Alphabetical list of drugs, medicines and other preparations free from, and containing, spirit compiled from the results of tests made by the customs houses at Calcutta, Bombay, and Madras
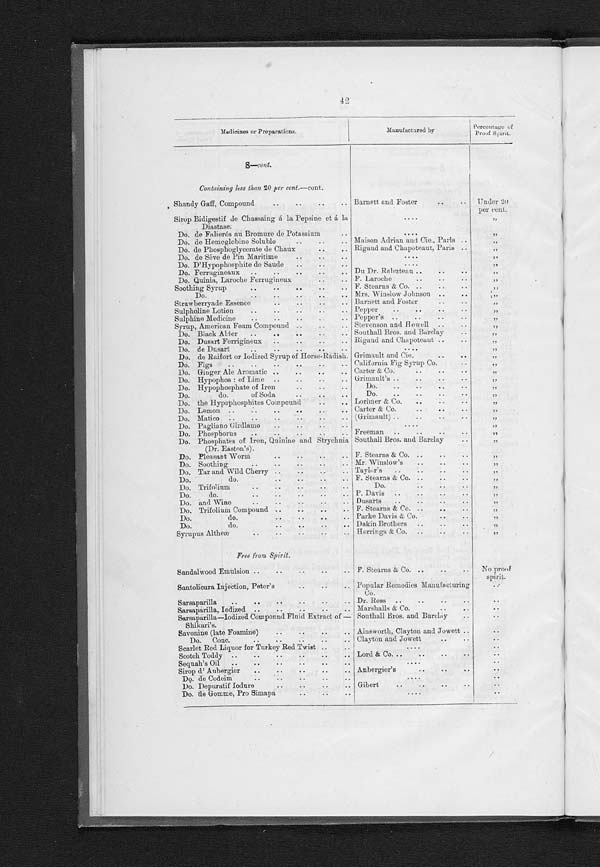
42
Medicines or Preparations.
Manufactured by
Percentage of
Proof Spirit.
S—cont.
Containing less than 20 per cent.—cont.
Shandy Gaff, Compound.
Barnett and Foster
Under 20
per cent.
S i r o p B i d i g e s t i f d e C h a s s a i n g á l a P e p s i n e e t á l a D i a s t a s e .
„
Do. de Fal i er és au Br omur e de Pot as s i um
„
D o . d e H e m o g l o b i n e S o l u b l e
Ma i s o n Ad r i a n a n d Ci e . , P a r i s
„
D o . d e P h o s p h o g l y c e r a t e d e C h a u x
Rigaud and Chapoteaut, Paris
„
Do . d e Sév e d e Pi n Ma r i t i me
„
Do. D'Hypophosphite de Saude
„
Do. Ferrugineaux
Du Dr. Rabuteau
„
Do. Quinia, Laroche Ferrugineux
F. Laroche
„
Soothing Syrup
F. Stearns & Co.
„
Do.
M r s . W i n s l o w J o h n s o n
„
Strawberryade Essence
Barnett and Foster
„
Sulpholine Lotion
Pepper
„
Sulphine Medicine
Pepper's
„
Syrup, American Foam Compound
Stevenson and Howell
„
Do. Black Alder
Southall Bros. and Barclay
„
Do. Dusart Ferrigineux
Rigaud and Chapoteaut
„
Do. de Dusart
„
Do. de Raifort or Iodized Syrup of Horse-Radish. Grimault and Cie.
„
Do. Figs
California Fig Syrup Co.
„
Do. Ginger Ale Aromatic
Carter & Co.
„
Do. Hypophos: of Lime
Grimault's
„
Do. Hypophosphate of Iron
Do.
„
Do. do. of Soda
Do.
„
Do. the Hypophosphites Compound
Lorimer & Co.
„
Do. Lemon
Carter & Co.
„
Do. Matico
(Grimault)
„
Do. Pagl i ano Gi rdl amo
„
Do. Phosphorus
Freeman
„
Do. Phosphates of Iron, Quinine and Strychnia
(Dr. Easton's).
Southall Bros. and Barclay
„
Do. Pleasant Worm
F. Stearns & Co.
„
Do. Soothing
Mr. Winslow's
„
Do. Tar and Wild Cherry
Taylor's
„
Do. do.
F. Stearns & Co.
„
D o . T r i f o l i u m
Do.
„
Do. do.
P. Davis
„
Do. and Wine
Dusarts
„
Do. Trifolium Compound
F. Stearns & Co.
„
Do. do.
Parke Davis & Co.
„
Do. do.
Dakin Brothers
„
Syrupus Altheæ
Herrings & Co.
„
F r e e f r o m S p i r i t .
Sandalwood Emulsion
F. Stearns & Co.
No proof
spirit.
Santolicura Injection, Peter's
Popular Remedies Manufacturing
Co.
Sarsaparilla
Dr. Ross
Sarsaparilla, Iodized
Marshalls & Co.
Sarsaparilla—Iodized Compound Fluid Extract of
— S h i k a r i ' s .
Southall Bros. and Barclay
Savonine (late Foamine)
Ainsworth, Clayton and Jowett
Do. Conc.
Clayton and Jowett
Scarlet Red Liquor for Turkey Red Twist
Scotch Toddy
Lord & Co.
Sequah's Oil
Sirop d' Aubergier
Aubergier's
Do. de Codeim
Do. Depuratif Iodure
Gibert
D o . d e G o m m e , P r o S i m a p a